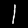
Label: 1